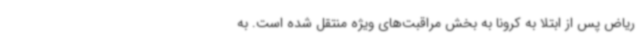
ریاض پس از ابتلا به کرونا به بخش مراقبت‌های ویژه منتقل شده است. به